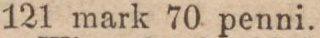
121 mark 70 penni.